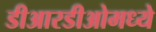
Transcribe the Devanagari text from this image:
डीआरडीओमध्ये